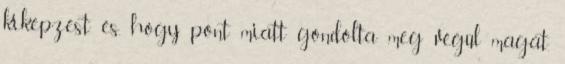
kiképzést és, hogy pont miatt gondolta meg végül magát.